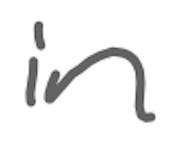
Text: in
Cross-out: clean
Writing tool: digital_gray